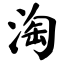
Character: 淘